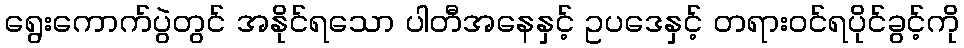
ရွေးကောက်ပွဲတွင် အနိုင်ရသော ပါတီအနေနှင့် ဥပဒေနှင့် တရားဝင်ရပိုင်ခွင့်ကို